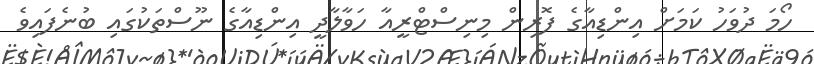
ހޯމަ ދުވަހު ކަމަށް އިންޑިއާގެ ފޮރިން މިނިސްޓްރީއާ ހަވާލާދީ އިންޑިއާގެ ނޫސްތަކުގައި ބުނެފައިވެ